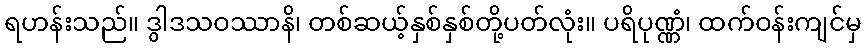
ရဟန်းသည်။ ဒွါဒသဝဿာနိ၊ တစ်ဆယ့်နှစ်နှစ်တို့ပတ်လုံး။ ပရိပုဏ္ဏံ၊ ထက်ဝန်းကျင်မှ